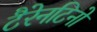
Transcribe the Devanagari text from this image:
टैरेनटिनो